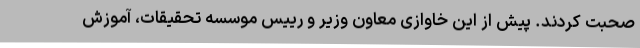
صحبت کردند. پیش از این خاوازی معاون وزیر و رییس موسسه تحقیقات، آموزش